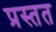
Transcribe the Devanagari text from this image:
प्रस्तत